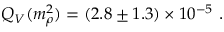
Q _ { V } ( m _ { \rho } ^ { 2 } ) = ( 2 . 8 \pm 1 . 3 ) \times 1 0 ^ { - 5 } \ .